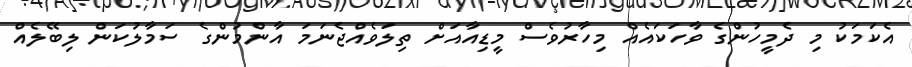
އެކަމަކު މި ދެމީހުންގެ ވާހަކައެއް މިހާރުވެސް މީޑިއާއަށް ތިލަވެއްޖެނަމަ އާންމުންގެ ސަމާލުކަން ލިބޭލެއް